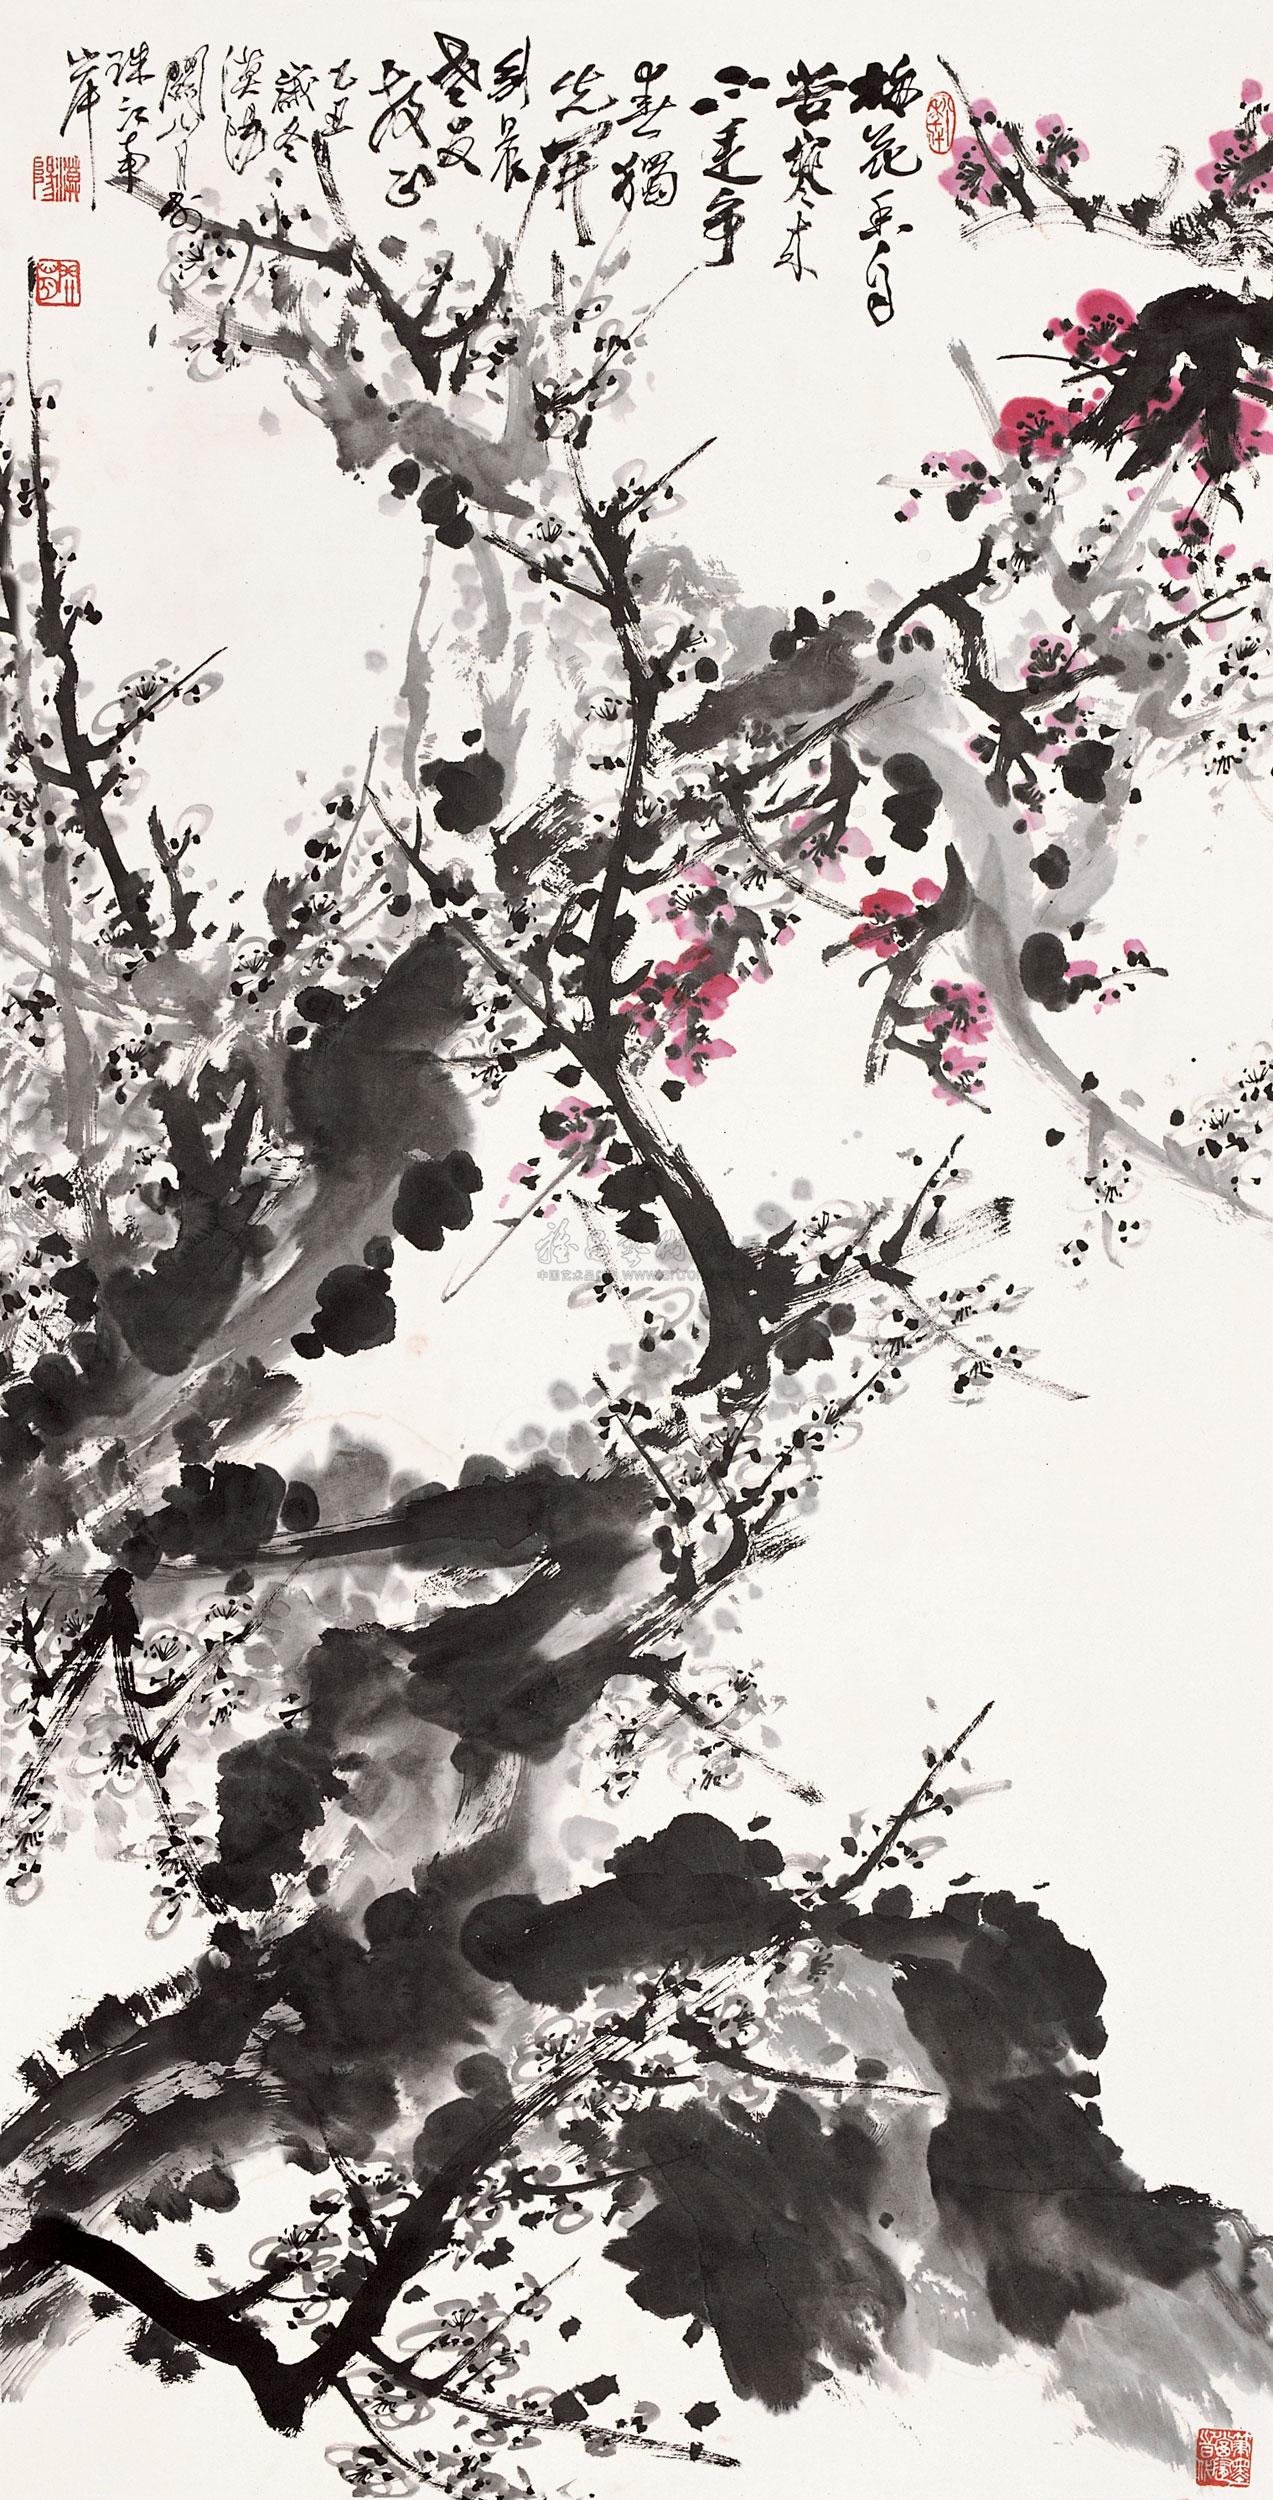
竹柏皆冻死，况彼无衣民。